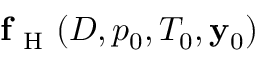
\mathbf { f } _ { \mathrm { ~ H ~ } } ( D , p _ { 0 } , T _ { 0 } , \mathbf { y } _ { 0 } )